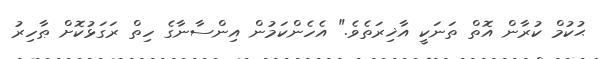
ޙުކުމް ކުރާން އޮތް ތަނަކީ އާޚިރަތެވެ." އެހެންކަމުން އިންސާނާގެ ހިތް ރަގަޅުކޮށް ޠާހިރު